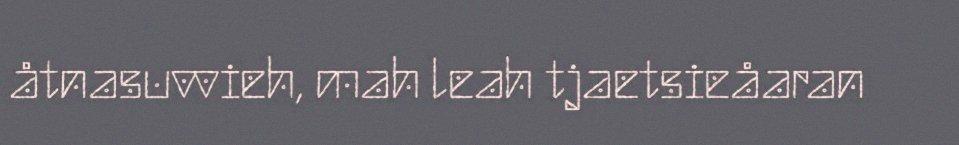
åtnasuvvieh, mah leah tjaetsieåaran